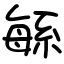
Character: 緐